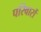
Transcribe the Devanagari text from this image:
परिवारों